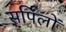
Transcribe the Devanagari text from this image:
सर्पिलों